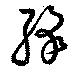
絳